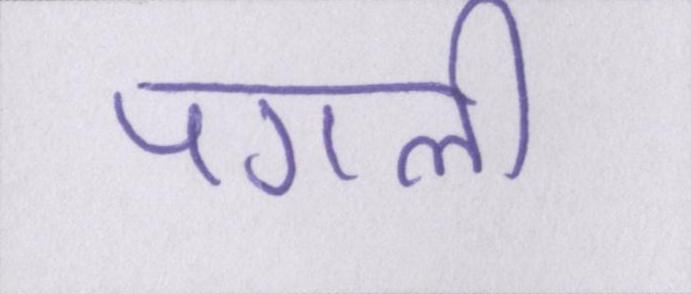
पगली